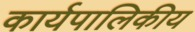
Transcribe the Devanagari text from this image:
कार्यपालिकीय